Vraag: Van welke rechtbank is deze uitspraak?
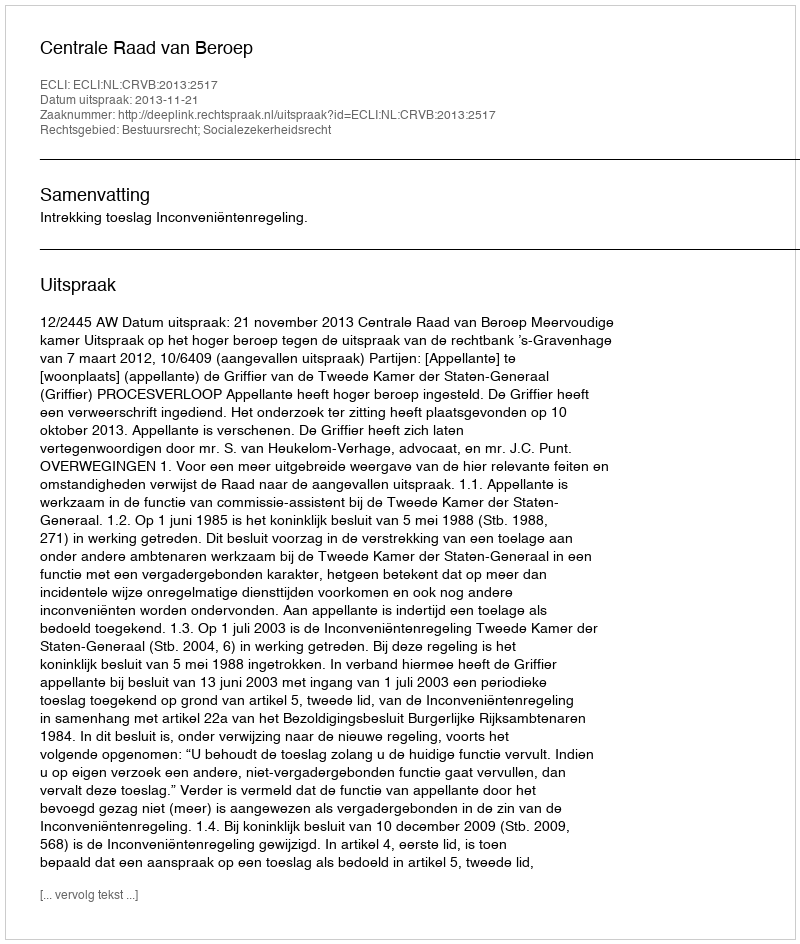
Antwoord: Centrale Raad van Beroep